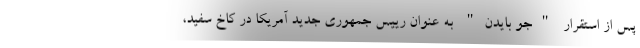
پس از استقرار "جو بایدن" به عنوان رییس جمهوری جدید آمریکا در کاخ سفید،